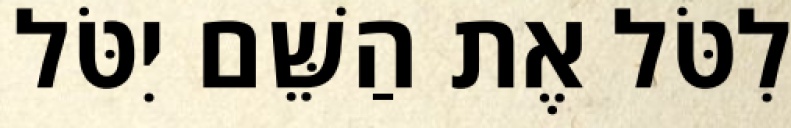
לִטֹּל אֶת הַשֵּׁם יִטֹּל